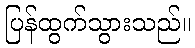
ပြန်ထွက်သွားသည်။